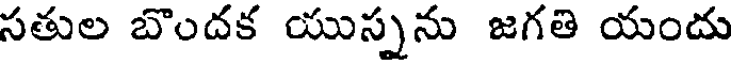
సతుల బొందక యుస్నను జగతి యందు